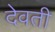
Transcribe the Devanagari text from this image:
देवती